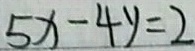
5 x - 4 y = 2